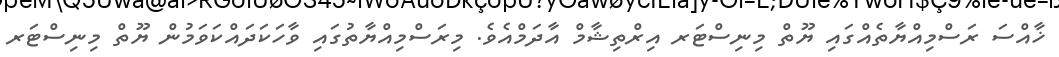
ޚާއްސަ ރަސްމިއްޔާތެއްގައި ޔޫތް މިނިސްޓަރ އިރްތިޝާމް އާދަމްއެވެ. މިރަސްމިއްޔާތުގައި ވާހަކަދައްކަވަމުން ޔޫތް މިނިސްޓަރ